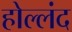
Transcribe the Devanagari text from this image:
होल्लंद